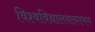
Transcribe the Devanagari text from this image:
विश्वविद्यालयलगभग